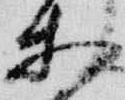
等